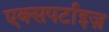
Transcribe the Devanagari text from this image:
एक्सपर्टाइज़